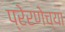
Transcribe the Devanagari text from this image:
प्रेरणेच्या